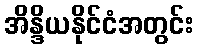
အိန္ဒိယနိုင်ငံအတွင်း